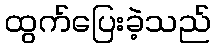
ထွက်ပြေးခဲ့သည်